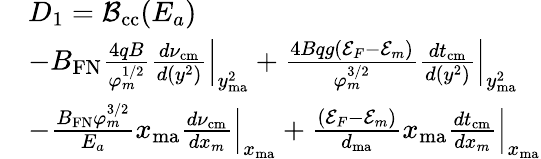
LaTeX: \begin{array}{rl}&{D_{1}={\cal B}_{\mathrm{cc}}(E_{a})}\\ &{-B_{\mathrm{FN}}\frac{4qB}{\varphi_{m}^{1/2}}\frac{d\nu_{\mathrm{cm}}}{d(y^{2})}\Big|_{y_{\mathrm{ma}}^{2}}+\frac{4Bqg({\cal E}_{F}-{\cal E}_{m})}{\varphi_{m}^{3/2}}\frac{dt_{\mathrm{cm}}}{d(y^{2})}\Big|_{y_{\mathrm{ma}}^{2}}}\\ &{-\frac{B_{\mathrm{FN}}\varphi_{m}^{3/2}}{E_{a}}x_{\mathrm{ma}}\frac{d\nu_{\mathrm{cm}}}{dx_{m}}\Big|_{x_{\mathrm{ma}}}+\frac{({\cal E}_{F}-{\cal E}_{m})}{d_{\mathrm{ma}}}x_{\mathrm{ma}}\frac{dt_{\mathrm{cm}}}{dx_{m}}\Big|_{x_{\mathrm{ma}}}}\end{array}